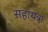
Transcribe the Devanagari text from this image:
सहायत्रा